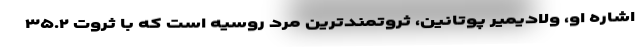
اشاره او، ولادیمیر پوتانین، ثروتمندترین مرد روسیه است که با ثروت ۳۵.۲